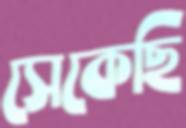
সেকেছি